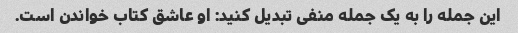
این جمله را به یک جمله منفی تبدیل کنید: او عاشق کتاب خواندن است.